画像に写った文字を読んでください
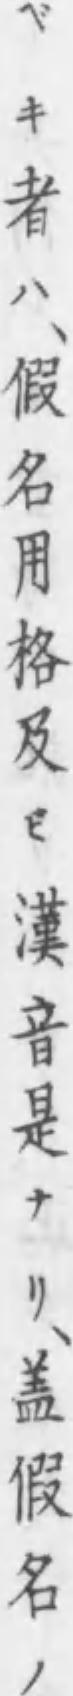
「ベキ者ハ、假名用格及ビ漢音是ナリ、盖假名ノ」と書いてあります